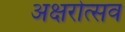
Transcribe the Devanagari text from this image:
अक्षरोत्सव